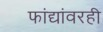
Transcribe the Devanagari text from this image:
फांद्यांवरही